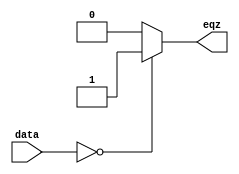
`timescale 1ns / 1ns
module EQZ(eqz,data);
    input [31:0]data;
    output reg eqz;
    always@(*)
        begin
            if(data==0)
                eqz<=1'b1;
            else
                eqz<=1'b0;
        end
endmodule